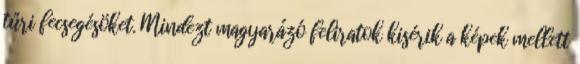
tűri fecsegésöket. Mindezt magyarázó feliratok kisérik a képek mellett